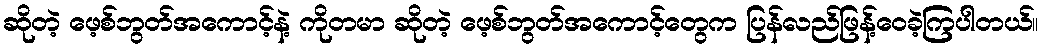
ဆိုတဲ့ ဖေ့စ်ဘွတ်အကောင့်နဲ့ ကိုတမာ ဆိုတဲ့ ဖေ့စ်ဘွတ်အကောင့်တွေက ပြန်လည်ဖြန့်ဝေခဲ့ကြပါတယ်။